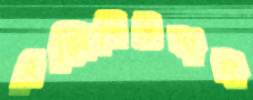
এক্সিবিউশন